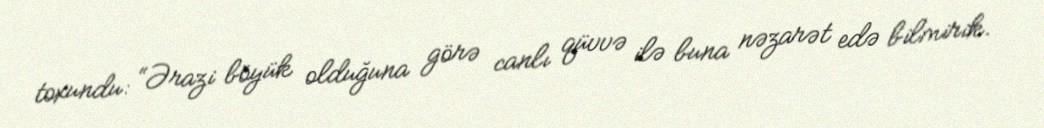
toxundu: “Ərazi böyük olduğuna görə canlı qüvvə ilə buna nəzarət edə bilmirik.